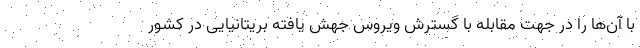
با آن‌ها را در جهت مقابله با گسترش ویروس جهش یافته بریتانیایی در کشور